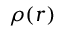
\rho ( \boldsymbol { r } )